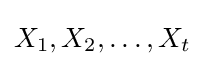
X_{1},X_{2},\dots ,X_{t}